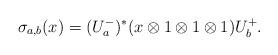
LaTeX: \begin{align*} \sigma_{a,b}(x) = (U^-_{a})^\ast (x \otimes 1 \otimes 1 \otimes 1) U^+_{b}.\end{align*}